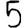
Digit: 5